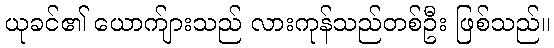
ယုခင်၏ ယောက်ျားသည် လားကုန်သည်တစ်ဦး ဖြစ်သည်။